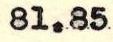
81.85